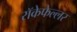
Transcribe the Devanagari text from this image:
रॉकेफेल्लर